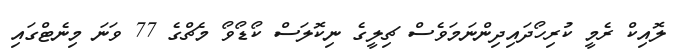
ލޮއިކް ރެމީ ކުރިހޯދައިދިންނަމަވެސް ޗިލީގެ ނިކޮލަސް ކޯޑޯވޯ މެޗްގެ 77 ވަނަ މިނެޓްގައި